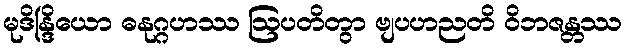
မုဒိန္ဒြိယော ဓနုဂ္ဂဟဿ ဩပတိတွာ ဗျပဟညတိ ဝိဘဇန္တဿ